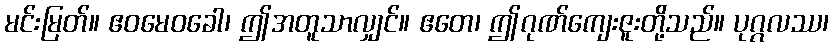
မင်းမြတ်။ ဧဝမေဝခေါ၊ ဤအတူသာလျှင်။ ဧတေ၊ ဤဂုဏ်ကျေးဇူးတို့သည်။ ပုဂ္ဂလဿ၊